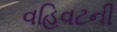
વહિવટની